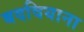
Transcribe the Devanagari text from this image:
बदवियाना